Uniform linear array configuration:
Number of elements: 4
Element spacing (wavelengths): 1
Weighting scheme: kaiser
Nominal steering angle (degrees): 60
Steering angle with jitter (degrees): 59.727
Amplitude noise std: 0.05
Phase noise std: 0.05

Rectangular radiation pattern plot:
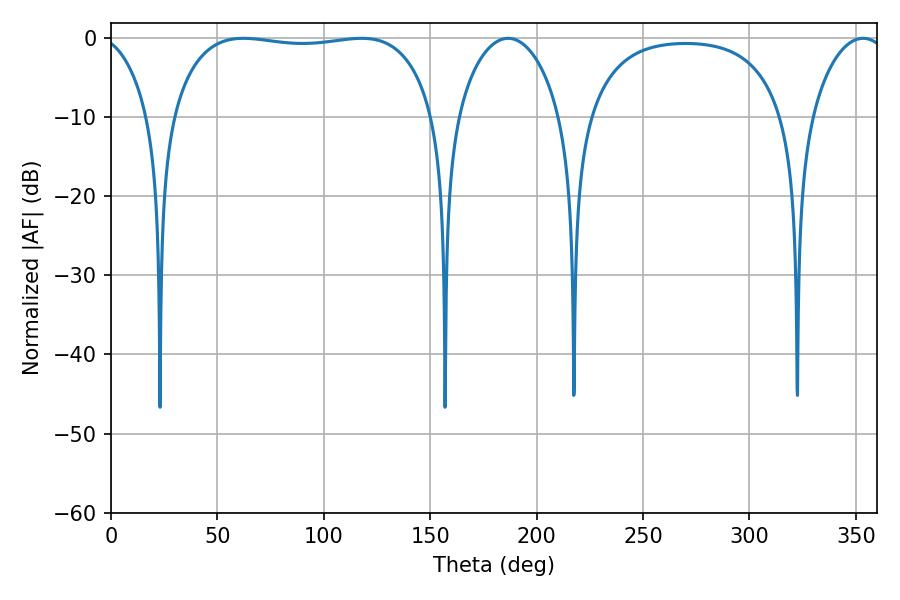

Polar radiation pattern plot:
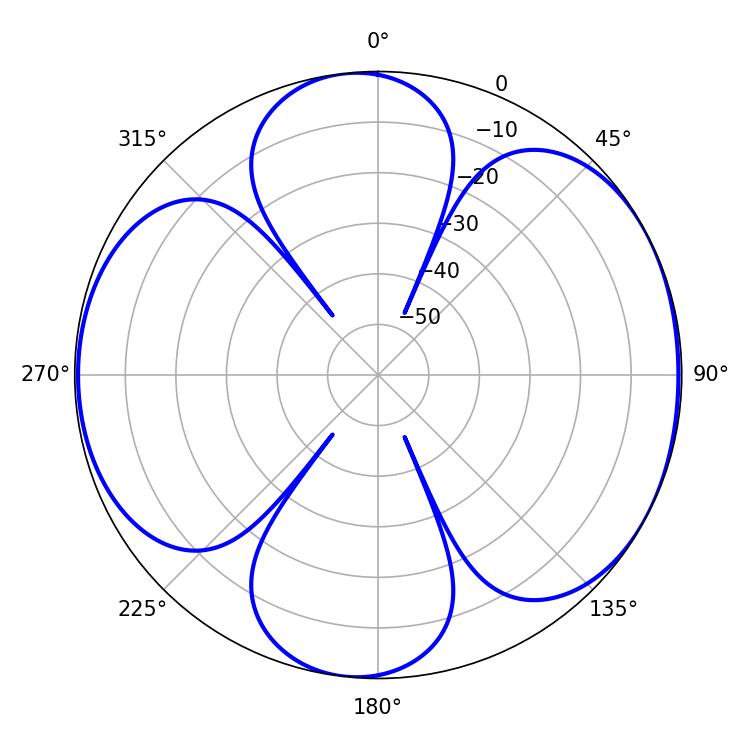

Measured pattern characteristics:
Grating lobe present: TRUE
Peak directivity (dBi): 6.475
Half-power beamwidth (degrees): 99
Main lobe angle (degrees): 62.28